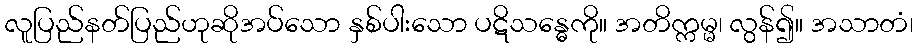
လူပြည်နတ်ပြည်ဟုဆိုအပ်သော နှစ်ပါးသော ပဋိသန္ဓေကို။ အတိက္ကမ္မ၊ လွန်၍။ အသာတံ၊